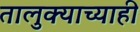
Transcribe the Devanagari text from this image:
तालुक्याच्याही